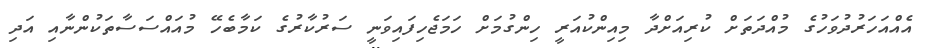
އެއްއަހަރުދުވަހުގެ މުއްދަތަށް ކުރިއަށްދާ މިއިންކުއަރީ ހިންގުމަށް ހަމަޖެހިފައިވަނީ ސަރުކާރުގެ ކަމާބެހޭ މުއައްސަސާތަކުންނާއި އަދި